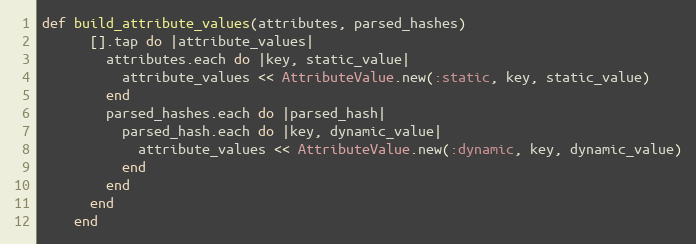
Language: Ruby
def build_attribute_values(attributes, parsed_hashes)
      [].tap do |attribute_values|
        attributes.each do |key, static_value|
          attribute_values << AttributeValue.new(:static, key, static_value)
        end
        parsed_hashes.each do |parsed_hash|
          parsed_hash.each do |key, dynamic_value|
            attribute_values << AttributeValue.new(:dynamic, key, dynamic_value)
          end
        end
      end
    end